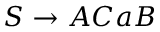
S \rightarrow A C a B